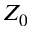
Z _ { 0 }